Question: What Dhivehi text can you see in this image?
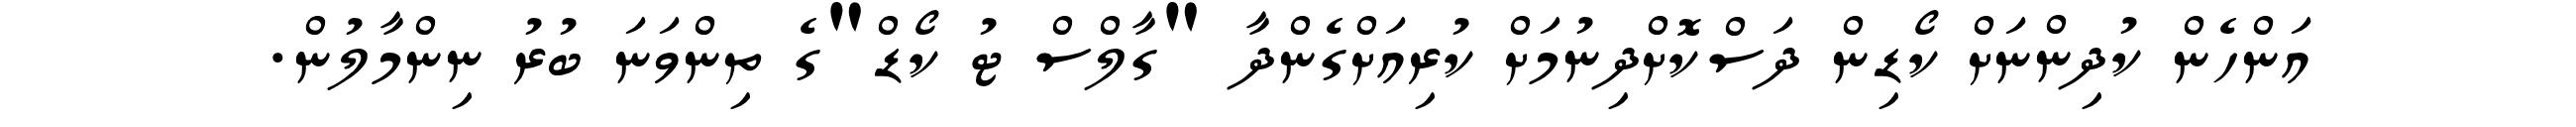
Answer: އަންހެން ކުދިންނަށް ކޯޑިން ދަސްކޮށްދިނުމަށް ކުރިއަށްގެންދާ "ގާލްސް ޓު ކޯޑް"ގެ ތިންވަނަ ބުރު ނިންމާލުން.